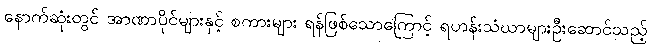
နောက်ဆုံးတွင် အာဏာပိုင်များနှင့် စကားများ ရန်ဖြစ်သောကြောင့် ရဟန်းသံဃာများဦးဆောင်သည့်